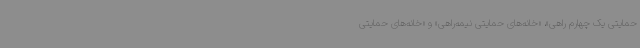
حمایتی یک چهارم راهی»، «خانه‌های حمایتی نیمه‌راهی» و «خانه‌های حمایتی